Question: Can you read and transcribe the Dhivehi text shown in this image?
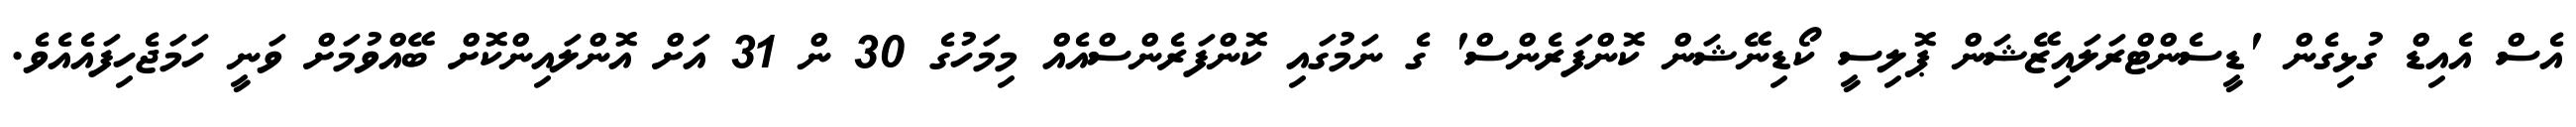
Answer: އެސް އެއިޑް ގުޅިގެން 'ޑީސެންޓްރަލައިޒޭޝަން ޕޮލިސީ ކޯޑިނޭޝަން ކޮންފަރެންސް' ގެ ނަމުގައި ކޮންފަރެންސްއެއް މިމަހުގެ 30 ން 31 އަށް އޮންލައިންކޮށް ބޭއްވުމަށް ވަނީ ހަމަޖެހިފައެއެވެ.